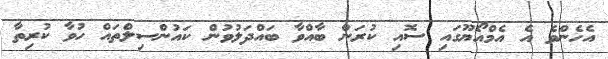
އެހެންވެ އެ އެމްއޯޔޫގައި ސޮއި ކުރަން ބާއްވާ ބައްދަލުވުން ކައުންސިލްތައް ހުވާ ކުރިތާ